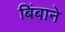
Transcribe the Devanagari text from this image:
बिंबाने